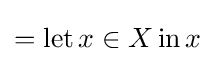
=\operatorname {let} x\in X\operatorname {in} x